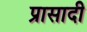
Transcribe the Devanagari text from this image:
प्रासादी